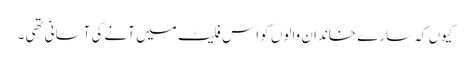
کیوں کہ سارے خاندان والوں کو اِس فلیٹ میں آنے کی آسانی تھی ۔